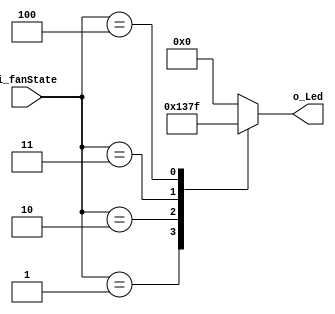
module decoder_led(
    input [2:0] i_fanState,

    output [3:0] o_Led
    );

    reg [3:0] r_Led;

    assign o_Led = r_Led;

    always @(i_fanState) begin
        case (i_fanState)
            3'h0 : r_Led <= 4'b0000; 
            3'h1 : r_Led <= 4'b0001; 
            3'h2 : r_Led <= 4'b0011; 
            3'h3 : r_Led <= 4'b0111; 
            3'h4 : r_Led <= 4'b1111; 
            default : r_Led <= 4'b0000;
        endcase
    end
endmodule